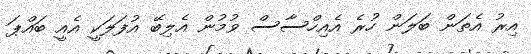
އިރު އެތަން ބަލަން ހުރެ އެއިހްސާސް ވުމުން އެލިބޭ އުފަލަކީ އެއީ ބައްޕަ